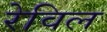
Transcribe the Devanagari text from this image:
रेविल